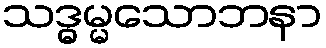
သဒ္ဓမ္မသောဘနာ